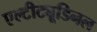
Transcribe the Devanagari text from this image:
एल्‍टीट्यूडिनल